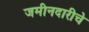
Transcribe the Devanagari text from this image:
जमीनदारीचे